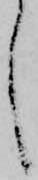
し